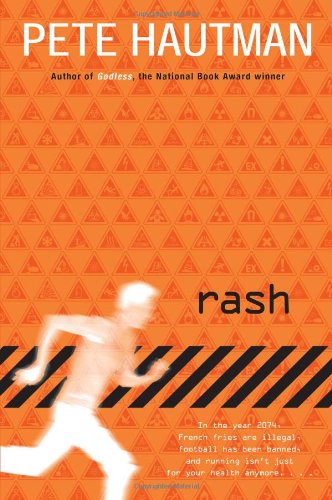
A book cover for Rash; Pete Hautman; Teen & Young Adult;